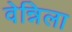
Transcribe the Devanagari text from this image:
वेन्निला